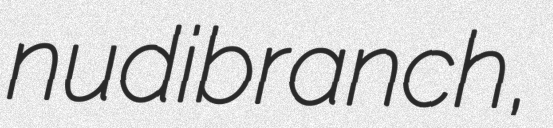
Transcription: nudibranch,